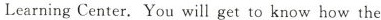
LearningCenter.You will get to know how the